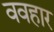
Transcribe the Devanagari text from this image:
ववहार